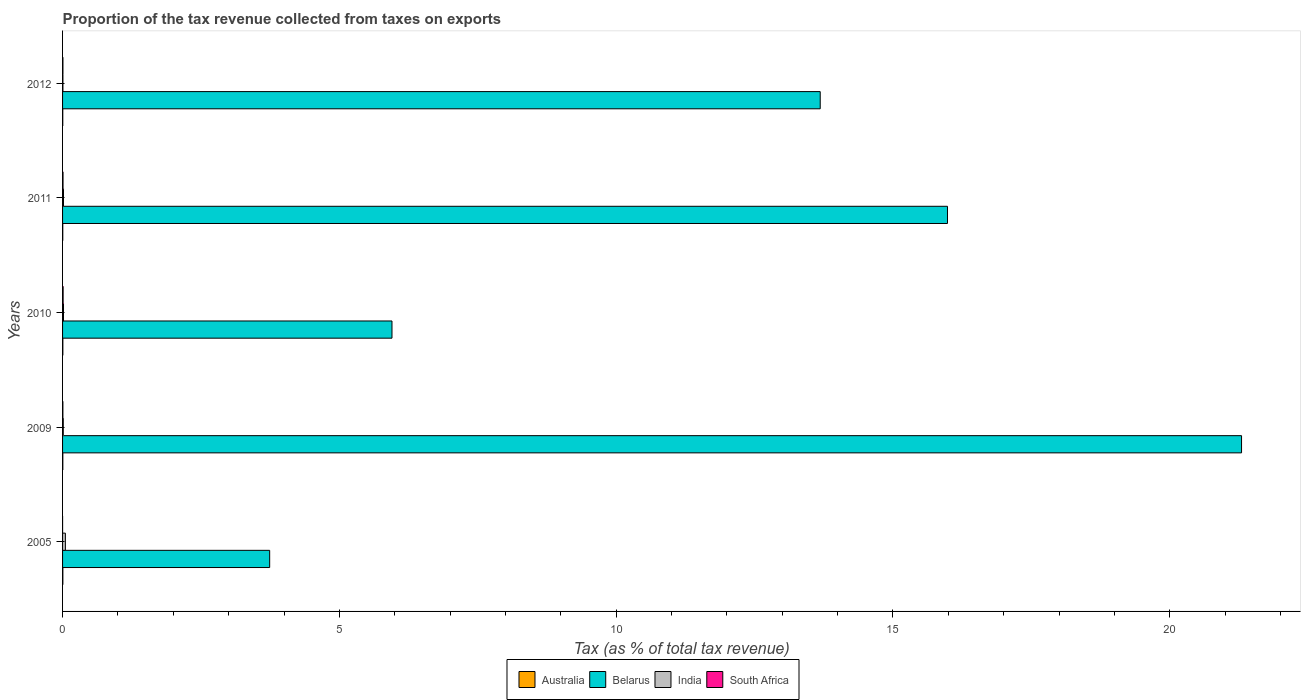
| Years | Australia | Belarus | India | South Africa |
 | --- | --- | --- | --- | --- |
 | 2005 | 0.00524 | 3.74 | 0.0511 | 0.000237 |
 | 2009 | 0.00468 | 21.3 | 0.013 | 0.00588 |
 | 2010 | 0.00524 | 5.95 | 0.0168 | 0.0102 |
 | 2011 | 0.00382 | 16 | 0.0168 | 0.00844 |
 | 2012 | 0.00378 | 13.7 | 0.0065 | 0.00666 |